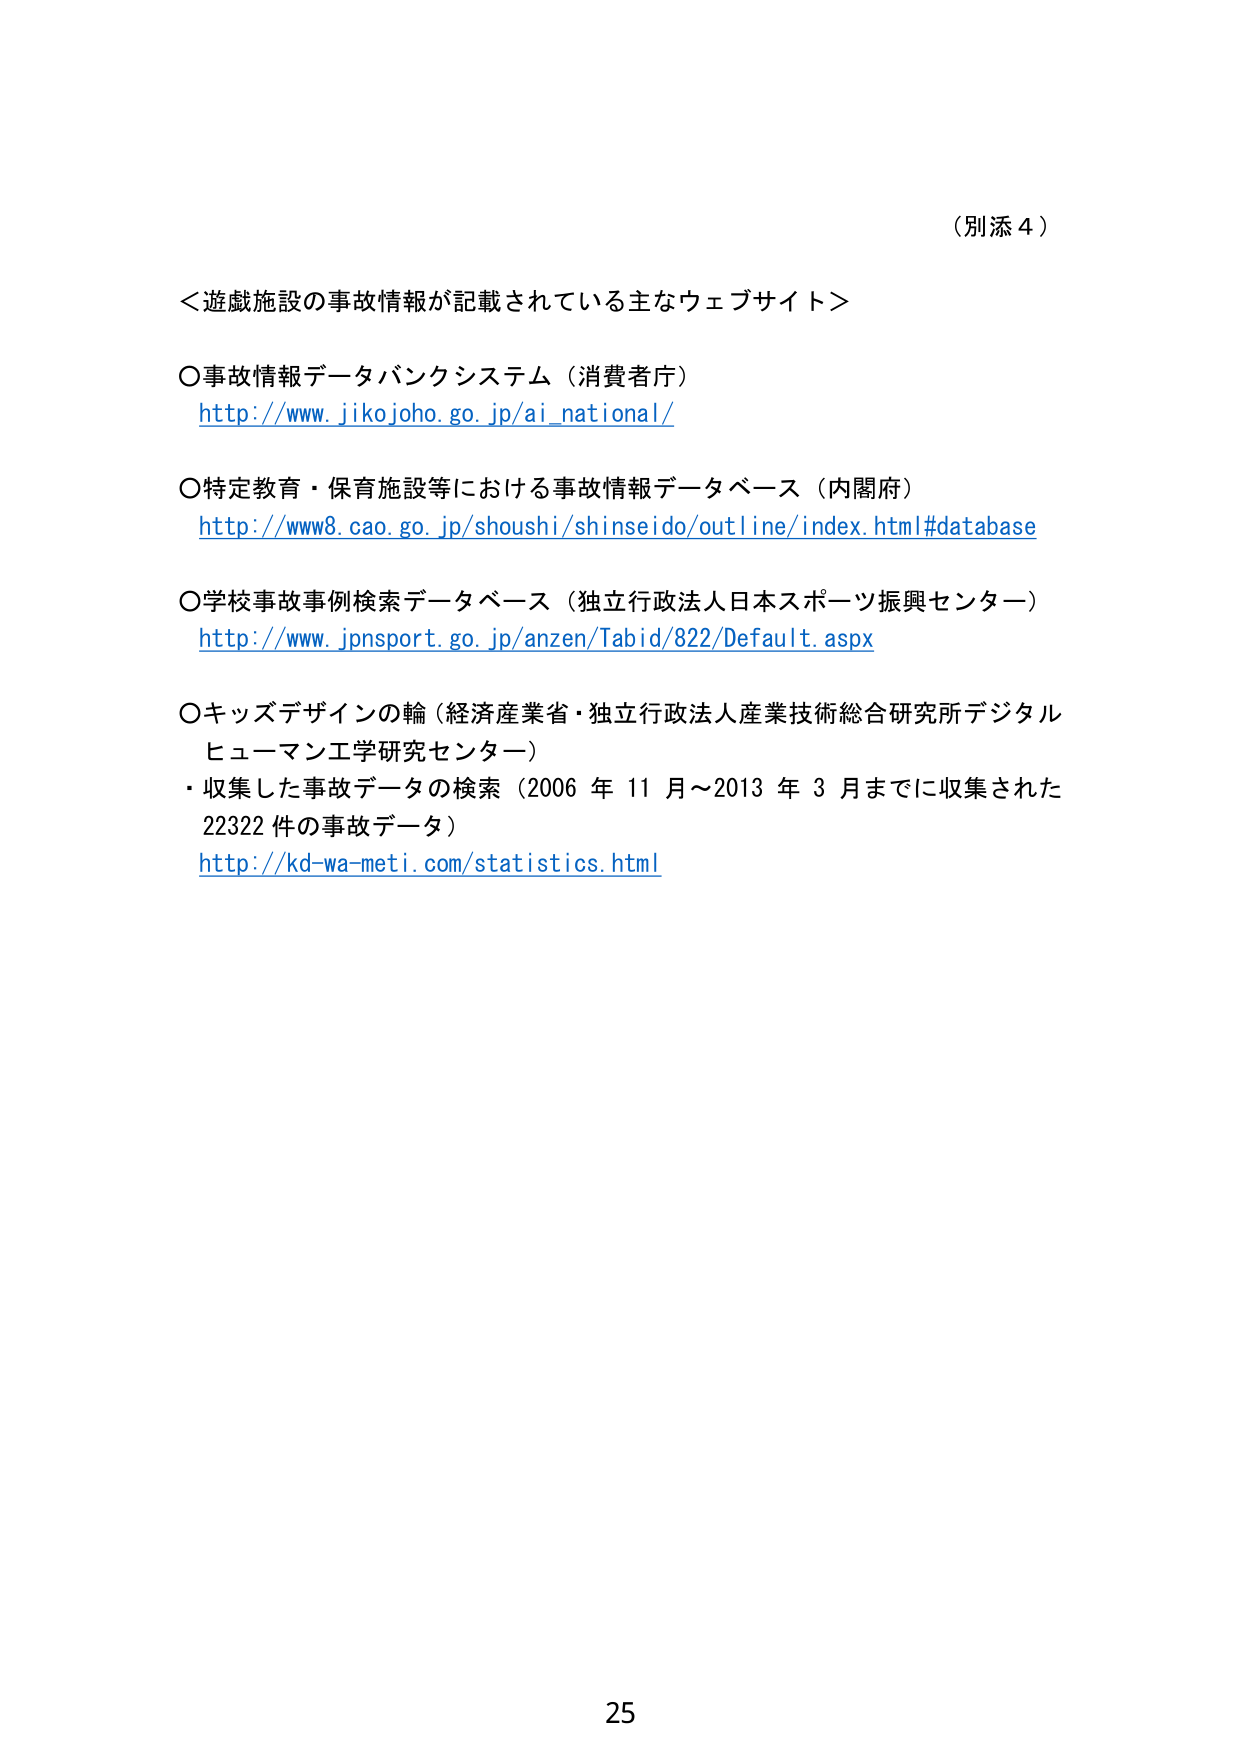
（別添４）

＜遊戯施設の事故情報が記載されている主なウェブサイト＞

○事故情報データバンクシステム（消費者庁）
http://www.jikojoho.go.jp/ai_national/

○特定教育・保育施設等における事故情報データベース（内閣府）
http://www8.cao.go.jp/shoushi/shinseido/outline/index.html#database

○学校事故事例検索データベース（独立行政法人日本スポーツ振興センター）
http://www.jpnspor.t.go.jp/anzen/Tabid/822/Default.aspx

○キッズデザインの輪（経済産業省・独立行政法人産業技術総合研究所デジタルヒューマン工学研究センター）
・収集した事故データの検索（2006年11月～2013年3月までに収集された22322件の事故データ）
http://kd-wa-meti.com/statistics.html

25